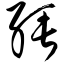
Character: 缍